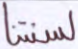
لسنتنا